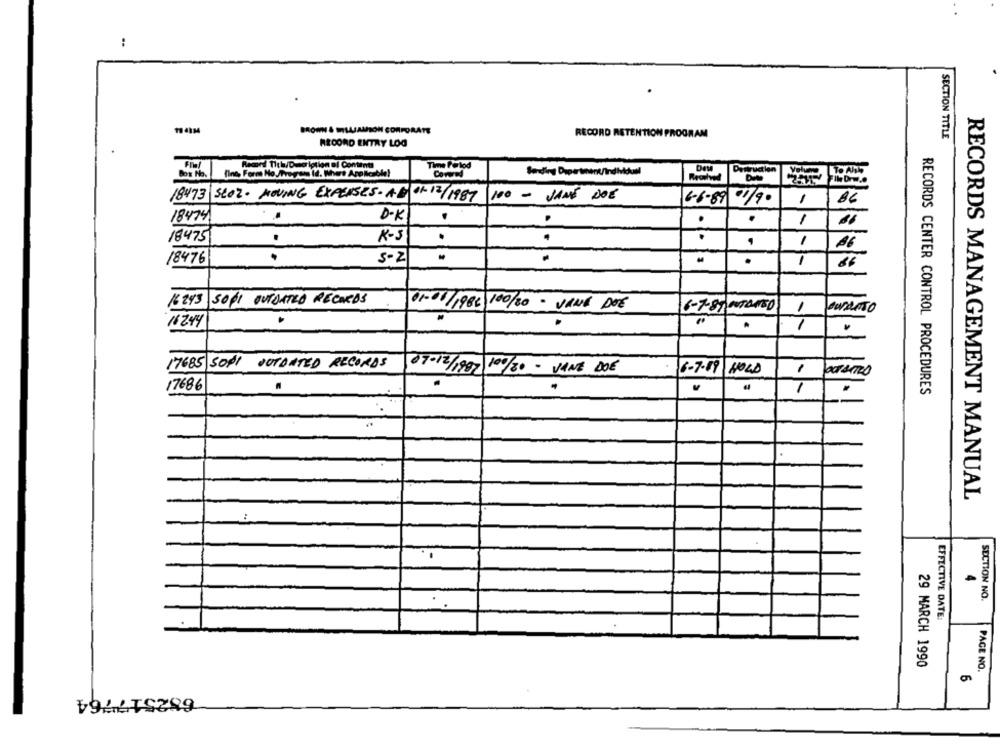
BROWN & ILLJALION CORPORATE
RECORD RETENTION PROGRAM
SECTION TITLE
RECORD ENTRY LOG
Record Tith/Description of Contents
(Ine, Form Ho Jtrega Id. Mert Applicable!
Timme Forlod
Destruction
File Drw ..
18473 SEOZ- MOVING EXPENSES.AB 01- 12/1987
100 - JANE DOE
6-6-89 01/90
1
18474
D-K
.
1
18475
.
K-S
.
.
.
1
A6
18476
5-2
.
1
16243 SOPI OUTDATED RECORDS
01-01/1982 100/30 - JANE DOE
6-7-87 OTOMED
16244
1
17685 SOP1 OUTDATED RECORDS
07-12/1987 100/80 - JANE DOE
6-7-19 HOLD
1
POTATTOO
17686
1
RECORDS CENTER CONTROL PROCEDURES
RECORDS MANAGEMENT MANUAL
4
SECTION NO.
EFFECTIVE DATE:
29 MARCH 1990
PACE NO.
652517764